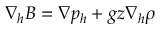
\nabla _ { h } B = \nabla p _ { h } + g z \nabla _ { h } \rho